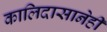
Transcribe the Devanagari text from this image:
कालिदासानेही